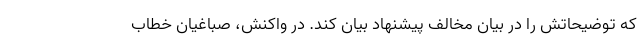
که توضیحاتش را در بیان مخالف پیشنهاد بیان کند. در واکنش، صباغیان خطاب